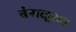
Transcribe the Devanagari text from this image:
बंगळूरात